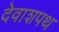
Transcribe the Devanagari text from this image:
देवाशपथ